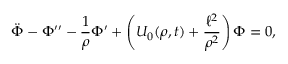
\ddot { \Phi } - \Phi ^ { \prime \prime } - \frac { 1 } { \rho } \Phi ^ { \prime } + \left( U _ { 0 } ( \rho , t ) + \frac { \ell ^ { 2 } } { \rho ^ { 2 } } \right) \Phi = 0 ,